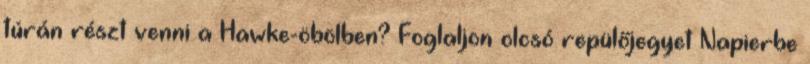
túrán részt venni a Hawke-öbölben? Foglaljon olcsó repülőjegyet Napierbe